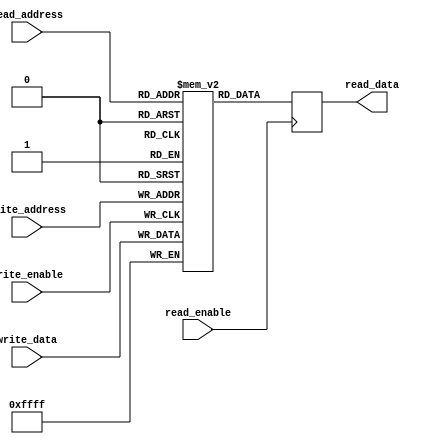
module register_file (
    input wire [15:0] write_data,
    input wire [3:0] write_address,
    input wire [3:0] read_address,
    input wire write_enable,
    input wire read_enable,
    output reg [15:0] read_data
);

reg [15:0] memory [15:0];

always @ (posedge write_enable) begin
    memory[write_address] <= write_data;
end

always @ (posedge read_enable) begin
    read_data <= memory[read_address];
end

endmodule